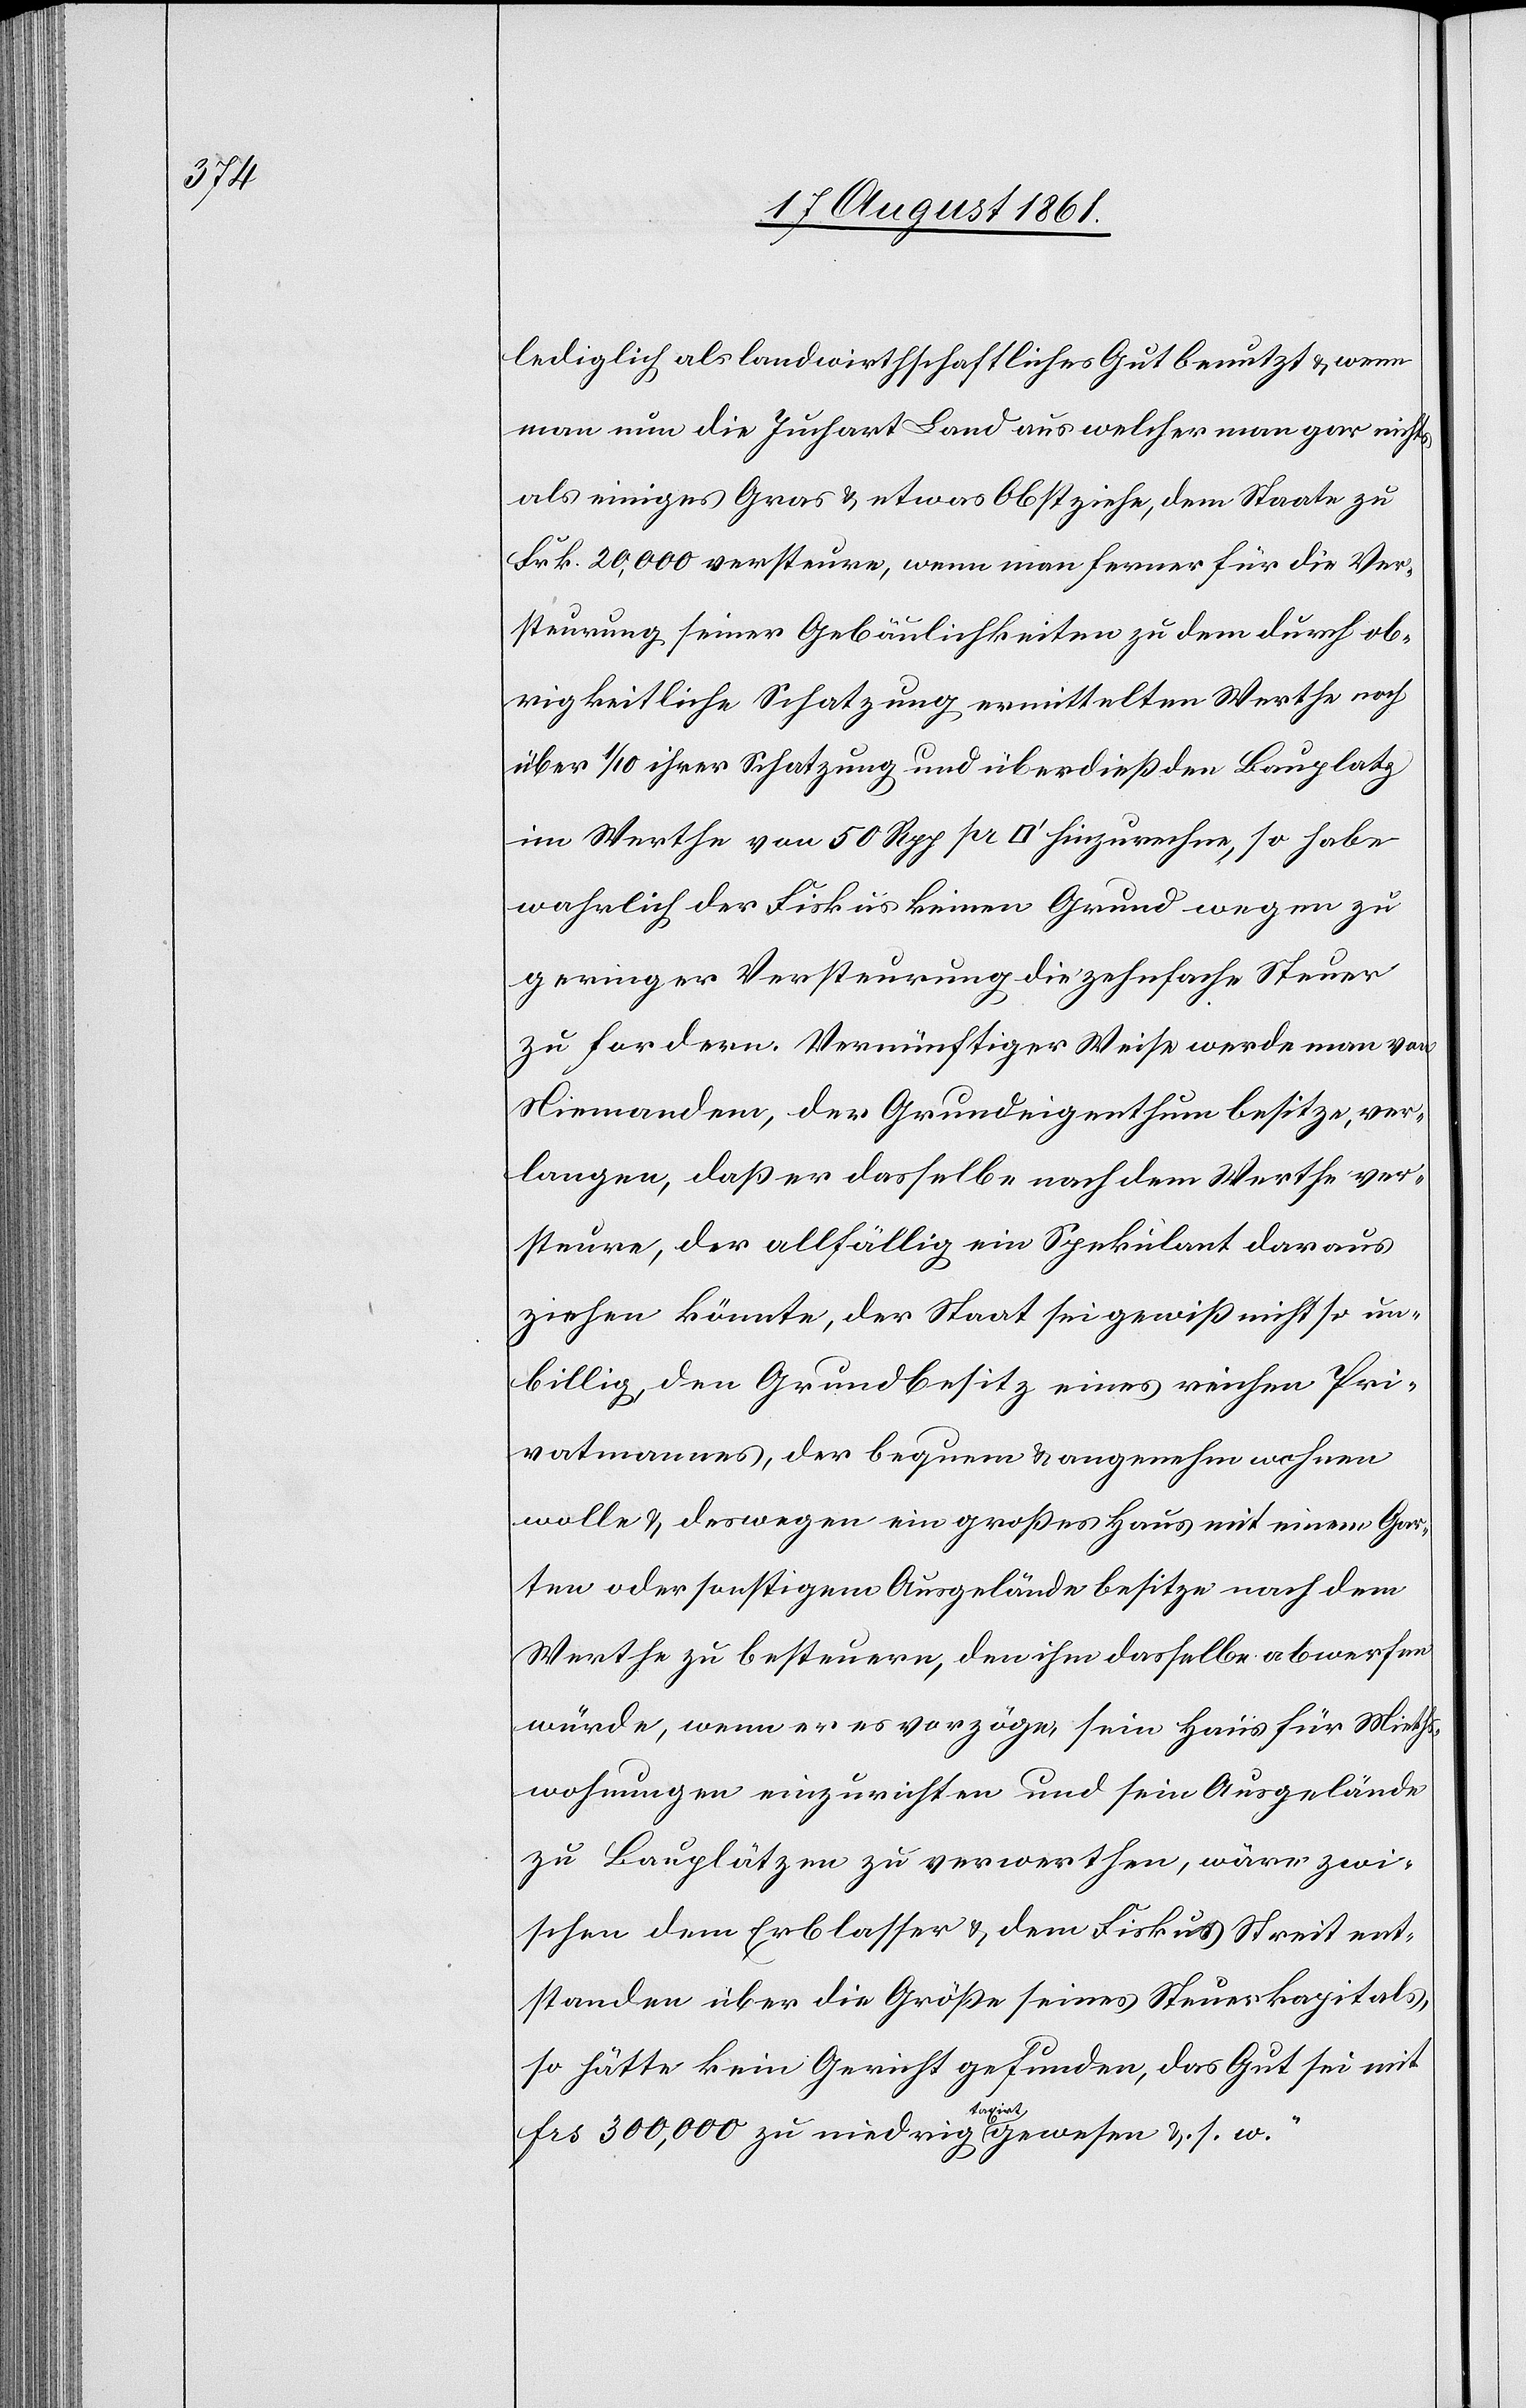
lediglich als landwirthschaftliches Gut benutzt u. wenn
man nun die Juchart Land aus welcher man gar nichts
als einiges Gras u. etwas Obst ziehe, dem Staate zu
Frk. 20,000 versteuere, wenn man ferner für die Ver¬
steuerung seiner Gebäulichkeiten zu dem durch ob¬
rigkeitliche Schatzung ermittelten Werthe noch
über 1/10 ihrer Schatzung und überdieß den Bauplatz
im Werthe von 50 Rpp. pr [Quadratfuß] hinzunehme, so habe
wahrlich der Fiskus keinen Grund wegen zu
geringer Versteuerung die zehnfache Steuer
zu fordern. Vernünftiger Weise werde man von
Niemandem, der Grundeigenthum besitze, ver¬
langen, daß er dasselbe nach dem Werthe ver¬
steuere, der allfällig ein Spekulant daraus
ziehen könnte, der Staat sei gewiß nicht so un¬
billig, den Grundbesitz eines reichen Pri¬
vatmannes, der bequem u. angenehm wohnen
wolle u. deswegen ein großes Haus mit einem Gar¬
ten oder sonstigem Ausgelände besitze nach dem
Werthe zu besteuern, den ihm dasselbe abwerfen
würde, wenn er es vorzöge, sein Haus für Nicht¬
wohnungen einzurichten und sein Ausgelände
zu Bauplätzen zu verwerthen, wäre zwi¬
schen dem Erblasser u. dem Fiskus Streit ent¬
standen über die Größe seines Steuerkapitals,
so hätte kein Gericht gefunden, das Gut sei mit
frs 300,000 zu niedrig taxirt gewesen u. s. w.